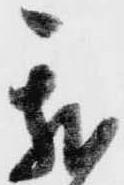
我